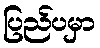
ပြည်ပမှာ